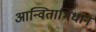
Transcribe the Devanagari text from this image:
आन्विताभिधान